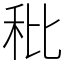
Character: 秕